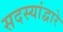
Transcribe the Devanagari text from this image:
सदस्यांद्वारे